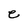
Character: e